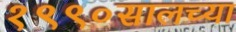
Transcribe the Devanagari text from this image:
१९९०सालच्या